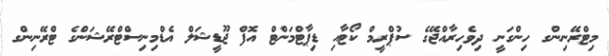
މިޓްރޭނިންގ ހިންގަނީ ދިވެހިރާއްޖޭގެ ސުޕްރީމް ކޯޓާއި ޑިޕާޓްމަންޓް އޮފް ޖޫޑީޝަލް އެޑްމިނިސްޓްރޭޝަންގެ ޓްރޭނިންގ